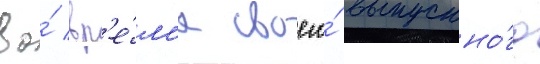
Во́ вр'е́м'я своего́ выпускно́го